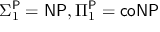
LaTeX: \Sigma _ { 1 } ^ { \mathsf { P } } = { \mathsf { N P } } , \Pi _ { 1 } ^ { \mathsf { P } } = { \mathsf { c o N P } }